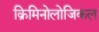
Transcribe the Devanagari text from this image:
क्रिमिनोलोजिकल